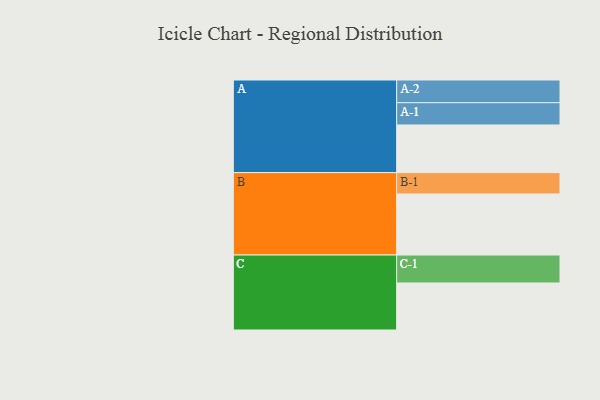
{"axis": {"x": "Segment", "y": "Value"}, "legend": ["", "A", "B", "C"], "data": [{"x": "A", "y": 462, "type": ""}, {"x": "B", "y": 592, "type": ""}, {"x": "C", "y": 456, "type": ""}, {"x": "A-1", "y": 216, "type": "A"}, {"x": "A-2", "y": 220, "type": "A"}, {"x": "B-1", "y": 207, "type": "B"}, {"x": "C-1", "y": 271, "type": "C"}]}